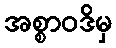
အစ္စာဝဒိမှ